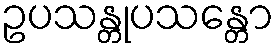
ဥပသန္တုပသန္တော